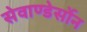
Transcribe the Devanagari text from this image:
सेवाण्डेर्सोन